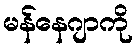
မန်နေဂျာကို